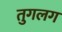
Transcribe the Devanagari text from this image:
तुगलग